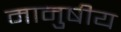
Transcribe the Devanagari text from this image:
मानुषीय